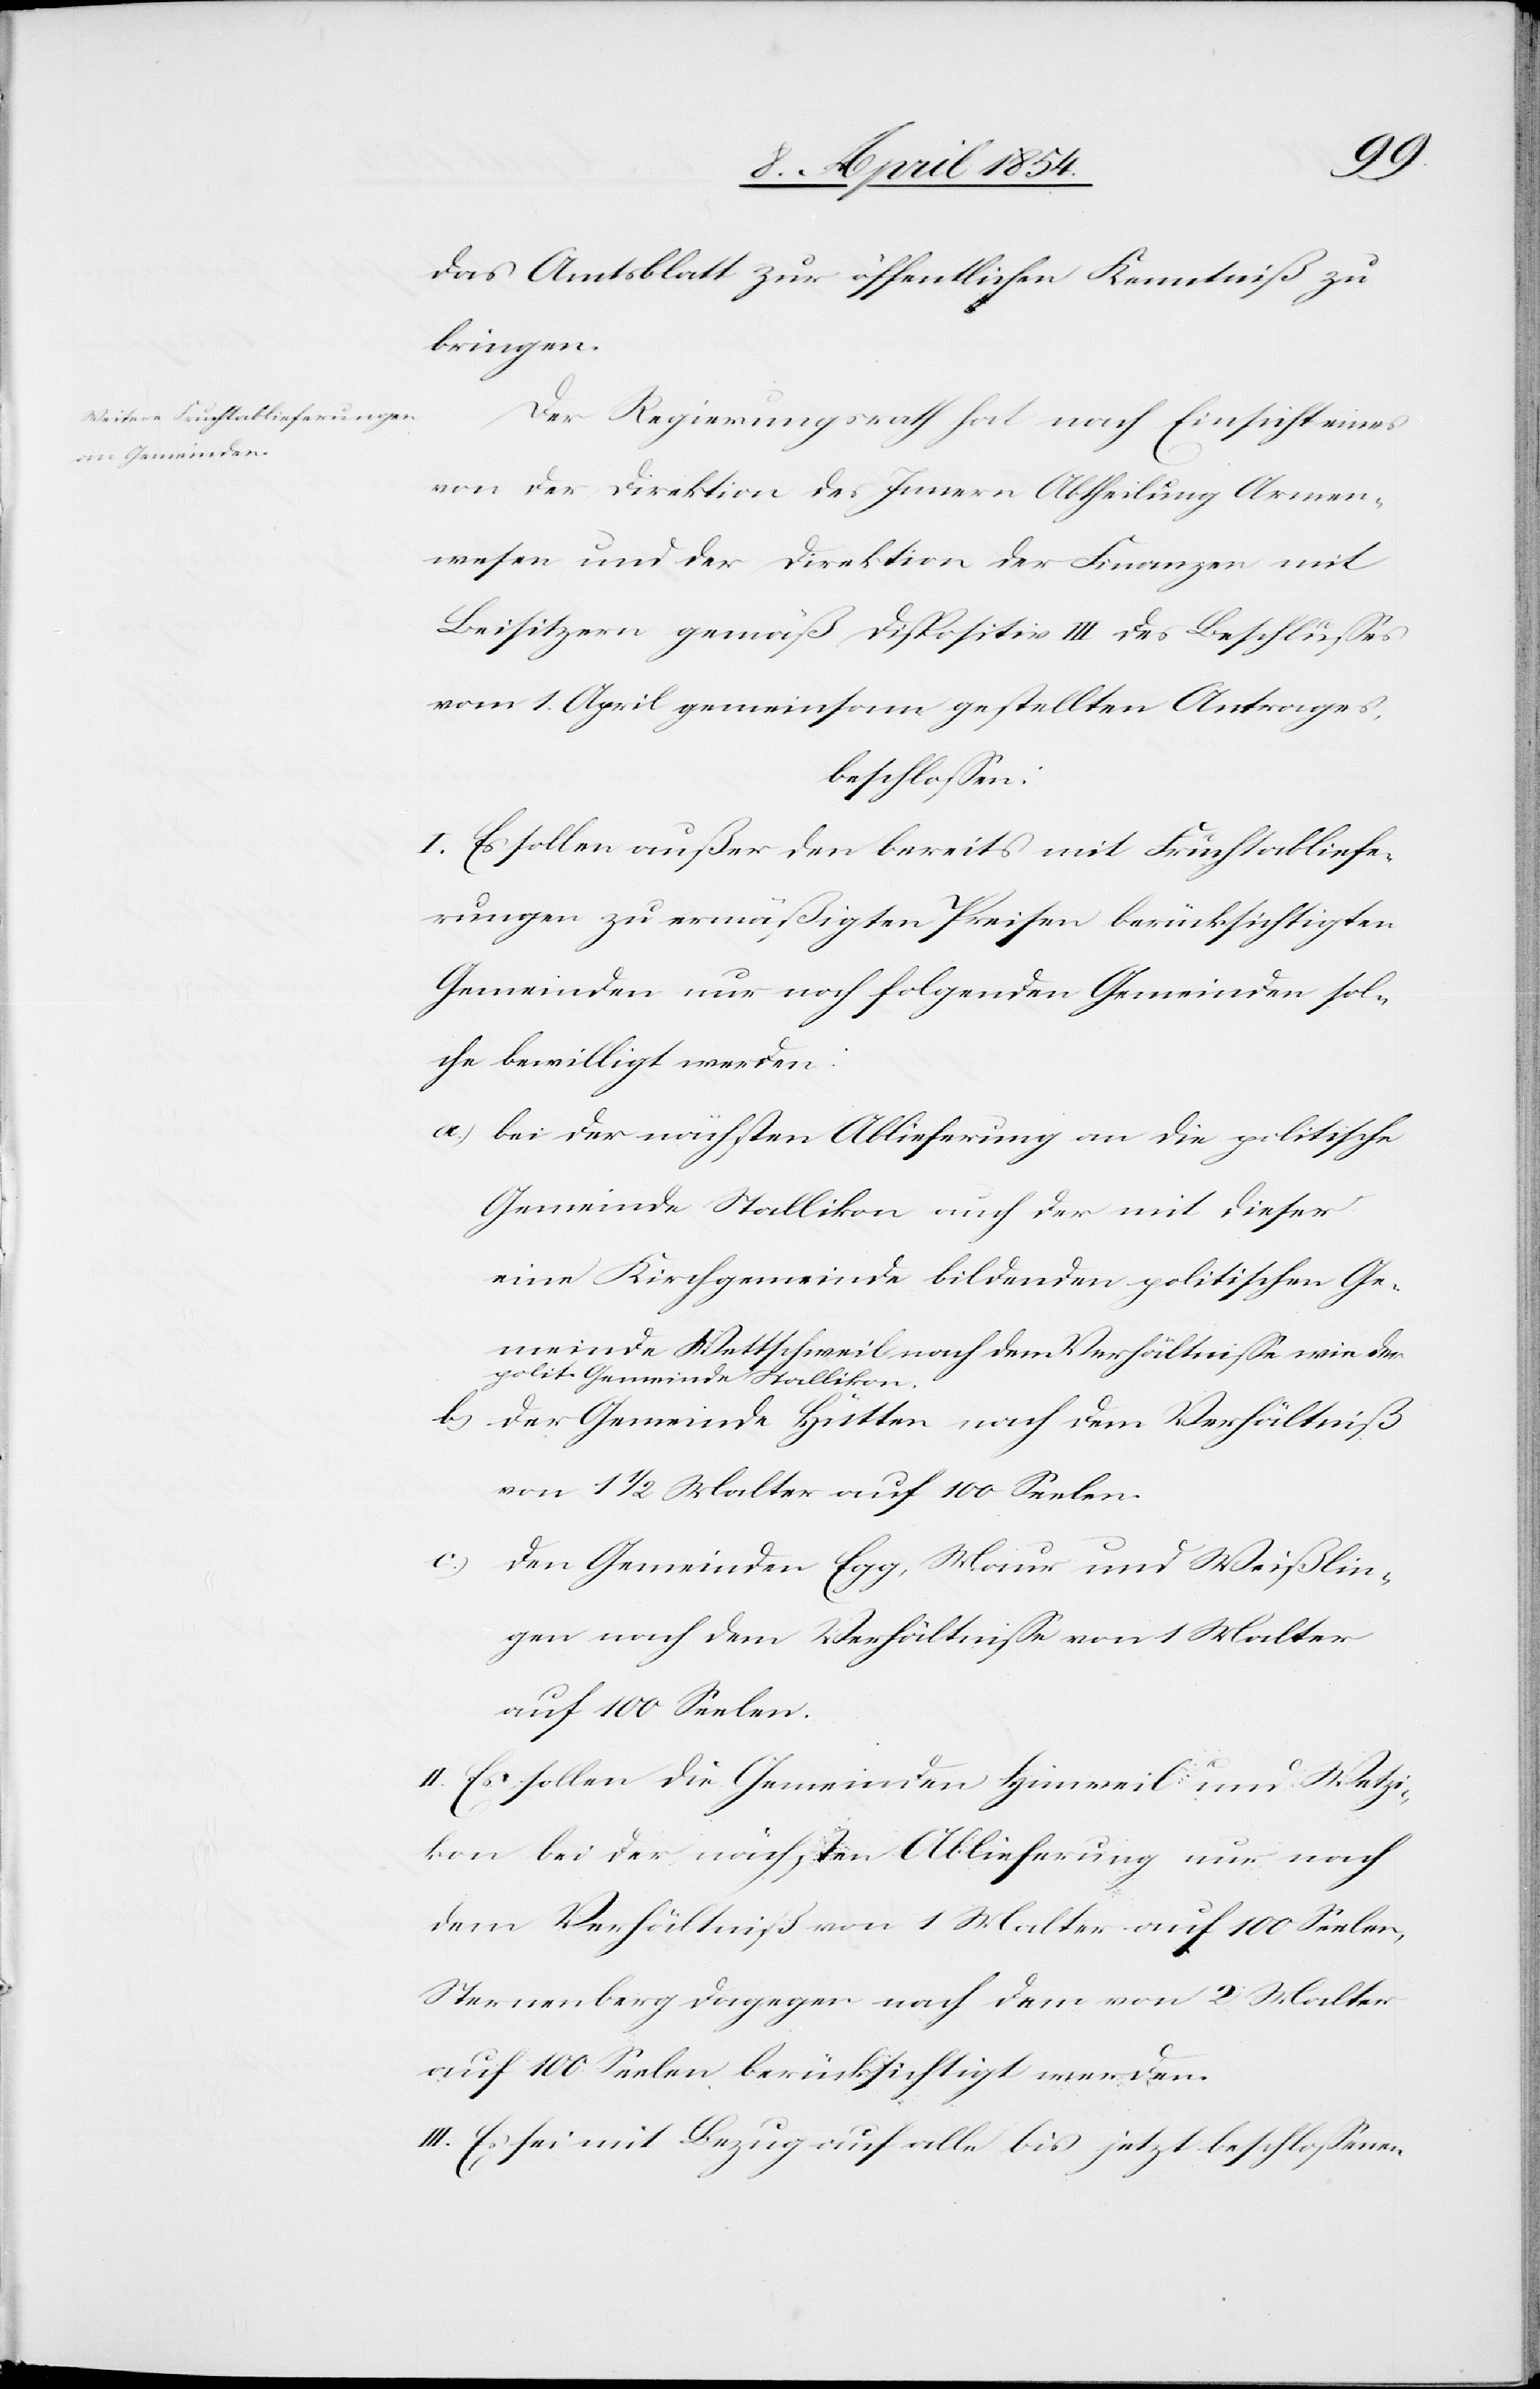
das Amtsblatt zur öffentlichen Kenntniß zu
bringen.
Der Regierungsrath hat nach Einsicht eines
von der Direktion des Innern Abtheilung Armen¬
wesen und der Direktion der Finanzen mit
Beisitzern gemäß Dispositiv III des Beschlußes
vom 1. April gemeinsam gestellten Antrages,
beschloßen:
I. Es sollen außer den bereits mit Fruchtabliefe¬
rungen zu ermäßigten Preisen berücksichtigten
Gemeinden nur noch folgenden Gemeinden sol¬
che bewilligt werden:
a.) bei der nächsten Ablieferung an die politische
Gemeinde Stallikon auch der mit dieser
eine Kirchgemeinde bildenden politischen Ge¬
meinde Wettschweil nach dem Verhältniße wie der
polit. Gemeinde Stallikon.
b.) der Gemeinde Hütten nach dem Verhältniß
von 1 1/2 Malter auf 100 Seelen.
c.) den Gemeinden Egg, Maur und Weißlin¬
gen nach dem Verhältniße von 1 Malter
auf 100 Seelen.
II. Es sollen die Gemeinden Hinweil und Wetzi¬
kon bei der nächsten Ablieferung nur nach
dem Verhältniß von 1 Malter auf 100 Seelen,
Sternenberg dagegen nach dem von 2 Malter
auf 100 Seelen berücksichtigt werden.
III. Es sei mit Bezug auf alle bis jetzt beschloßenen